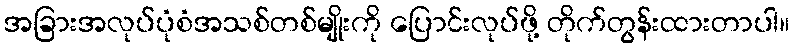
အခြားအလုပ်ပုံစံအသစ်တစ်မျိုးကို ပြောင်းလုပ်ဖို့ တိုက်တွန်းထားတာပါ။